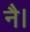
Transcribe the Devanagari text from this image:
नै।